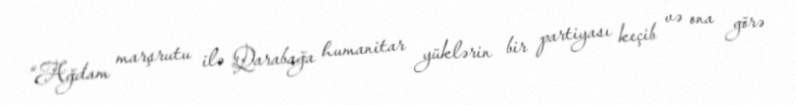
“Ağdam marşrutu ilə Qarabağa humanitar yüklərin bir partiyası keçib və ona görə